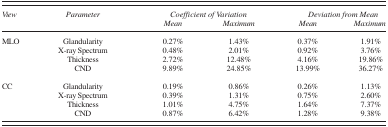
<table><thead><tr><td><b><i>View</i></b></td><td><b><i>Parameter</i></b></td><td><b><i>Coefficient of Variation</i></b></td><td><b><i>Deviation from Mean</i></b></td></tr></thead><tbody><tr><td></td><td></td><td><i>Mean</i></td><td><i>Maximum</i></td><td><i>Mean</i></td><td><i>Maximum</i></td></tr><tr><td>MLO</td><td>Glandularity</td><td>0.27%</td><td>1.43%</td><td>0.37%</td><td>1.91%</td></tr><tr><td></td><td>X‐ray Spectrum</td><td>0.48%</td><td>2.01%</td><td>0.92%</td><td>3.76%</td></tr><tr><td></td><td>Thickness</td><td>2.72%</td><td>12.48%</td><td>4.16%</td><td>19.86%</td></tr><tr><td></td><td>CND</td><td>9.89%</td><td>24.85%</td><td>13.99%</td><td>36.27%</td></tr><tr><td>CC</td><td>Glandularity</td><td>0.19%</td><td>0.86%</td><td>0.26%</td><td>1.13%</td></tr><tr><td></td><td>X‐ray Spectrum</td><td>0.39%</td><td>1.31%</td><td>0.75%</td><td>2.60%</td></tr><tr><td></td><td>Thickness</td><td>1.01%</td><td>4.75%</td><td>1.64%</td><td>7.37%</td></tr><tr><td></td><td>CND</td><td>0.87%</td><td>6.42%</td><td>1.28%</td><td>9.38%</td></tr></tbody></table>